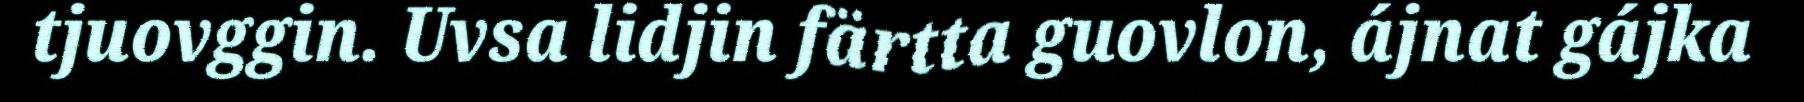
tjuovggin. Uvsa lidjin färtta guovlon, ájnat gájka